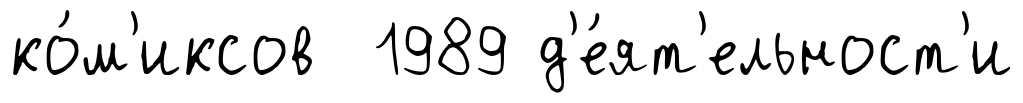
ко́м'иксов 1989 д'е́ят'ельност'и